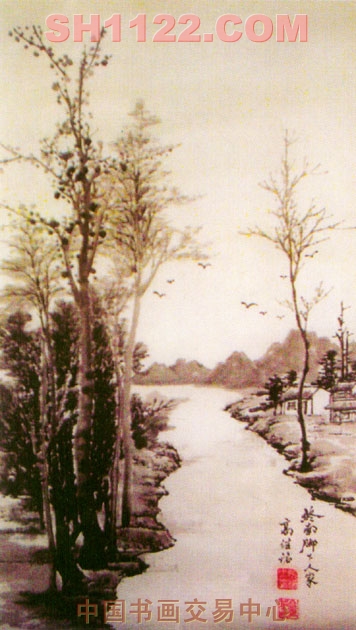
尚怜终南山，回首清渭滨。